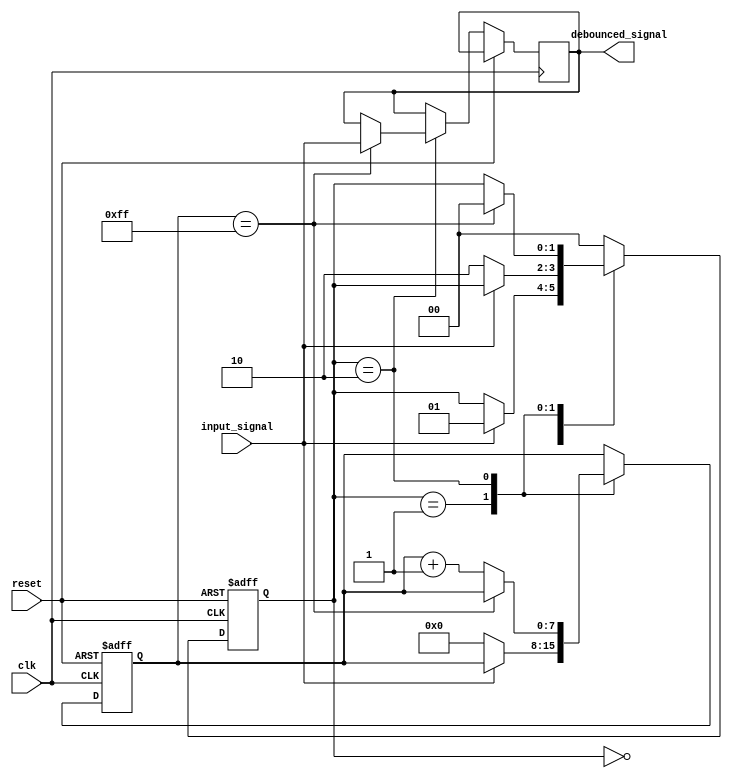
module debounce_circuit (
    input wire clk,
    input wire reset,
    input wire input_signal,
    output reg debounced_signal
);

// State machine states
parameter IDLE = 2'b00;
parameter DETECTING = 2'b01;
parameter DEBOUNCING = 2'b10;

// Internal signals
reg [1:0] state;
reg [7:0] debounce_counter;

// Define states
always @ (posedge clk or posedge reset) begin
    if (reset) begin
        state <= IDLE;
        debounce_counter <= 8'b0;
    end else begin
        case (state)
            IDLE: begin
                if (input_signal) begin
                    state <= DETECTING;
                end
            end
            DETECTING: begin
                if (!input_signal) begin
                    debounce_counter <= 8'b0;
                    state <= DEBOUNCING;
                end
            end
            DEBOUNCING: begin
                if (debounce_counter == 8'hFF) begin
                    debounced_signal <= input_signal;
                    state <= IDLE;
                end else begin
                    debounce_counter <= debounce_counter + 1;
                end
            end
            default: state <= IDLE;
        endcase
    end
end

endmodule